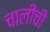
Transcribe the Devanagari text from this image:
चालींची